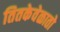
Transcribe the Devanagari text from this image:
तितकेवेळातो